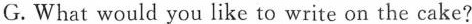
G.What would you like to write on the cake?